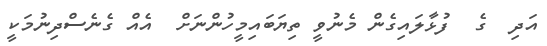
އަދި  ގެ  ފުޅާލައިގެން މެނުވީ ތިޔަބައިމީހުންނަށް  އެއް ގެނެސްދިނުމަކީ